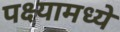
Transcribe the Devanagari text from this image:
पक्ष्यामध्ये